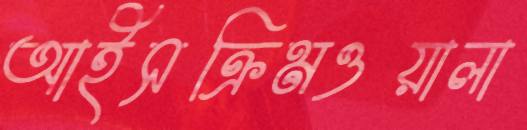
আইসক্রিমওয়ালা